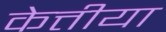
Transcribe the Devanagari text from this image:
केत्तीया